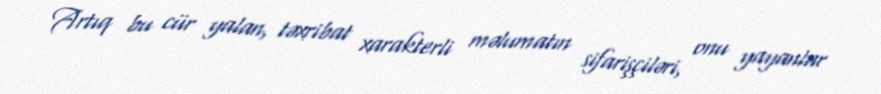
Artıq bu cür yalan, təxribat xarakterli məlumatın sifarişçiləri, onu yayanlar